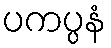
ပကပ္ပနံ